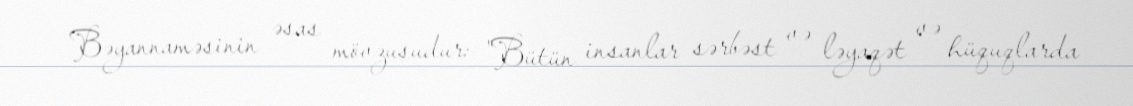
Bəyannaməsinin əsas mövzusudur: "Bütün insanlar sərbəst və ləyaqət və hüquqlarda